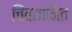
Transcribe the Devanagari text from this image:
चिंताजनित